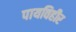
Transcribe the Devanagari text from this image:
पायविहीर